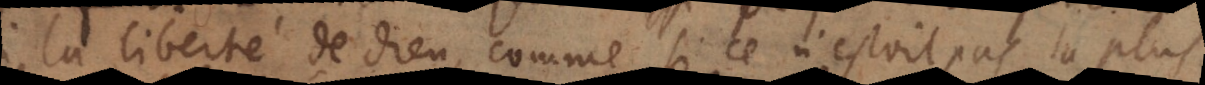
la liberté de Dieu, comme si ce n’estoit pas la plus